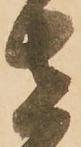
さ